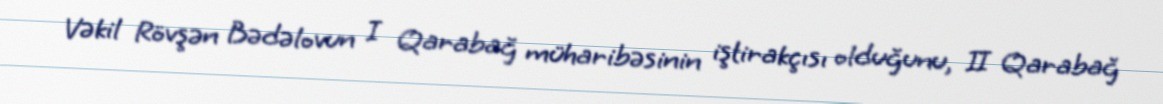
Vəkil Rövşən Bədəlovun I Qarabağ müharibəsinin iştirakçısı olduğunu, II Qarabağ